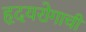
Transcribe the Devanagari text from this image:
हृदयरोगाची